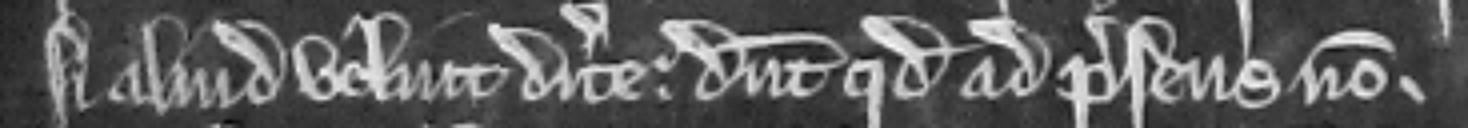
si aliud velint dicere. dicunt quod ad presens non.